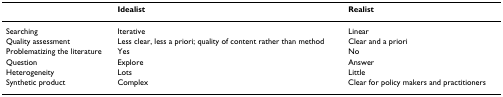
<table><thead><tr><td></td><td><b>Idealist</b></td><td><b>Realist</b></td></tr></thead><tbody><tr><td>Searching</td><td>Iterative</td><td>Linear</td></tr><tr><td>Quality assessment</td><td>Less clear, less a priori; quality of content rather than method</td><td>Clear and a priori</td></tr><tr><td>Problematizing the literature</td><td>Yes</td><td>No</td></tr><tr><td>Question</td><td>Explore</td><td>Answer</td></tr><tr><td>Heterogeneity</td><td>Lots</td><td>Little</td></tr><tr><td>Synthetic product</td><td>Complex</td><td>Clear for policy makers and practitioners</td></tr></tbody></table>